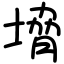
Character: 㙝